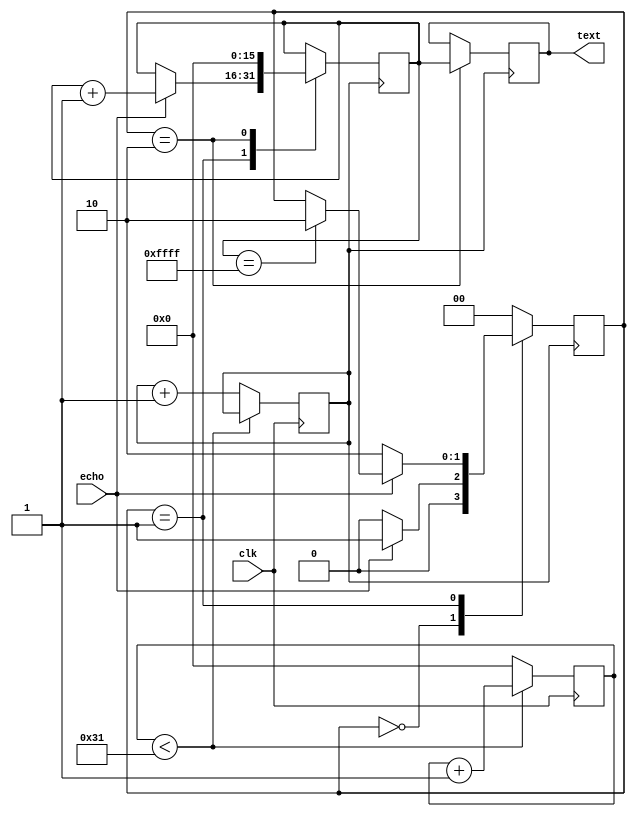
`timescale 1ns / 1ps
module Sonic_echo(
    input clk, 
    input echo,
    output [15:0] text
);

reg [15:0] count = 16'b0;
reg [15:0] distance = 16'b0;
reg [15:0] distance_count = 16'b0;
reg clk_out = 1'b0;

reg [1:0] state = 2'b0;
localparam state0 = 2'b0;
localparam state1 = 2'b01;
localparam state2 = 2'b10;
localparam N = 50;


always @(posedge clk)
begin
  if (count<N-1) begin
    count <= count + 1'b1;
  end
  else begin
    count <= 15'd0;
    clk_out <= clk_out +  1'b1;
  end
end

always @(negedge clk_out)
case (state)
  state0:
  begin
    if (echo) begin
      state <= state1;
    end else begin
      state <= state0;
    end
  end
  state1:
  begin
    if (echo) begin
      distance_count <= distance_count + 1;
      if (distance_count == 16'b1111111111111111)
        state <= state2;
    end else begin
      state <= state2;
    end
  end
  state2:
  begin
    distance_count <= 0;
    distance <= distance_count;
    state <= state0;
  end
  default: state <= state0;
endcase

assign text = distance;

endmodule